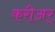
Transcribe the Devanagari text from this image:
करीअर्